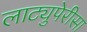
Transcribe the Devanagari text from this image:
लाट्युपेरीसा